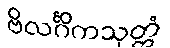
ဗိလင်္ဂိကသုတ္တံ